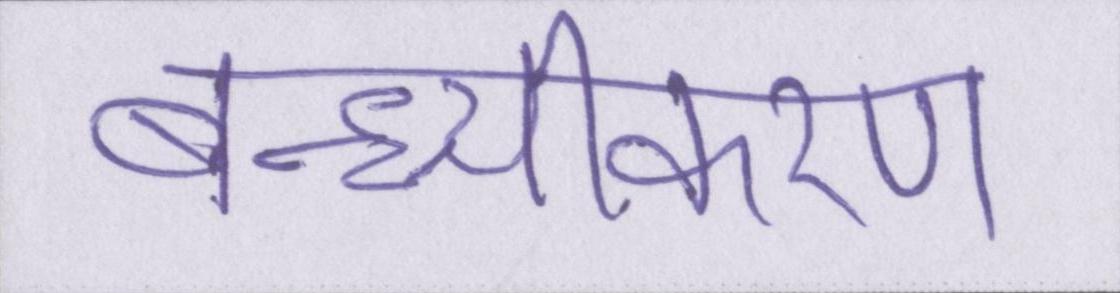
बन्ध्यीकरण